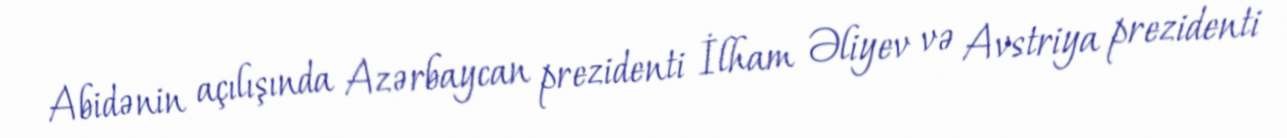
Abidənin açılışında Azərbaycan prezidenti İlham Əliyev və Avstriya prezidenti